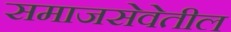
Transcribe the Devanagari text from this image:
समाजसेवेतील